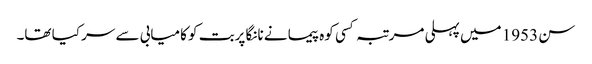
سن 1953 میں پہلی مرتبہ کسی کوہ پیما نے نانگا پربت کو کامیابی سے سر کیا تھا۔